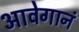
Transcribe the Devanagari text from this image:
आवेगानं